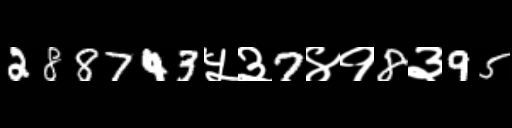
Text: 288743५३7४१8३95